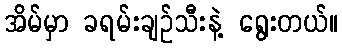
အိမ်မှာ ခရမ်းချဉ်သီးနဲ့ ရွေးတယ်။